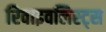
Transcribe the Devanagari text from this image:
रिवाइवलिस्ट्स